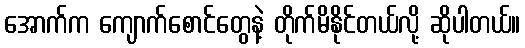
အောက်က ကျောက်စောင်တွေနဲ့ တိုက်မိနိုင်တယ်လို့ ဆိုပါတယ်။